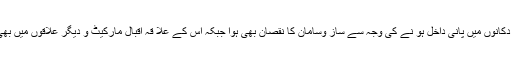
جموں وکشمیر بینک شاخ کے نزدیک والی مارکیٹ کی کئی دکانوں میں پانی داخل ہو نے کی وجہ سے ساز وسامان کا نقصان بھی ہوا جبکہ اس کے علا قہ اقبال مارکیٹ و دیگر علاقوں میں بھی بارش کا پانی لوگوں کے گھروں اور دکانوں میں داخل ہو ا۔